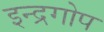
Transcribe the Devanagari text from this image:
इन्द्रगोप